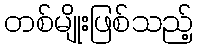
တစ်မျိုးဖြစ်သည့်